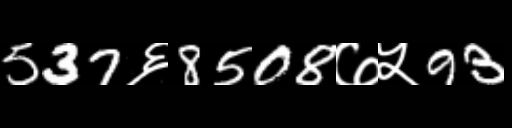
Text: 537६8508७५93